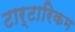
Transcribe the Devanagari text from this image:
टार्टारिकम